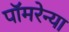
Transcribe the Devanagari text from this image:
पॉमरेन्या